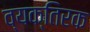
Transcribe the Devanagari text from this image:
व्यक्तिरक